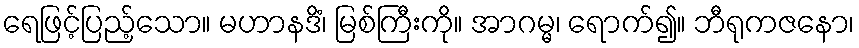
ရေဖြင့်ပြည့်သော။ မဟာနဒိံ၊ မြစ်ကြီးကို။ အာဂမ္မ၊ ရောက်၍။ ဘီရုကဇနော၊